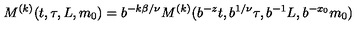
M ^ { ( k ) } ( t , \tau , L , m _ { 0 } ) = b ^ { - k \beta / \nu } M ^ { ( k ) } ( b ^ { - z } t , b ^ { 1 / \nu } \tau , b ^ { - 1 } L , b ^ { - x _ { 0 } } m _ { 0 } )